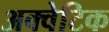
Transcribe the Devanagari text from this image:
अक्वेटिक